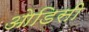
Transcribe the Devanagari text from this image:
आेडिसी